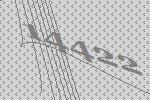
14422